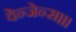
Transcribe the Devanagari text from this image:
वेन्जेन्स।।।